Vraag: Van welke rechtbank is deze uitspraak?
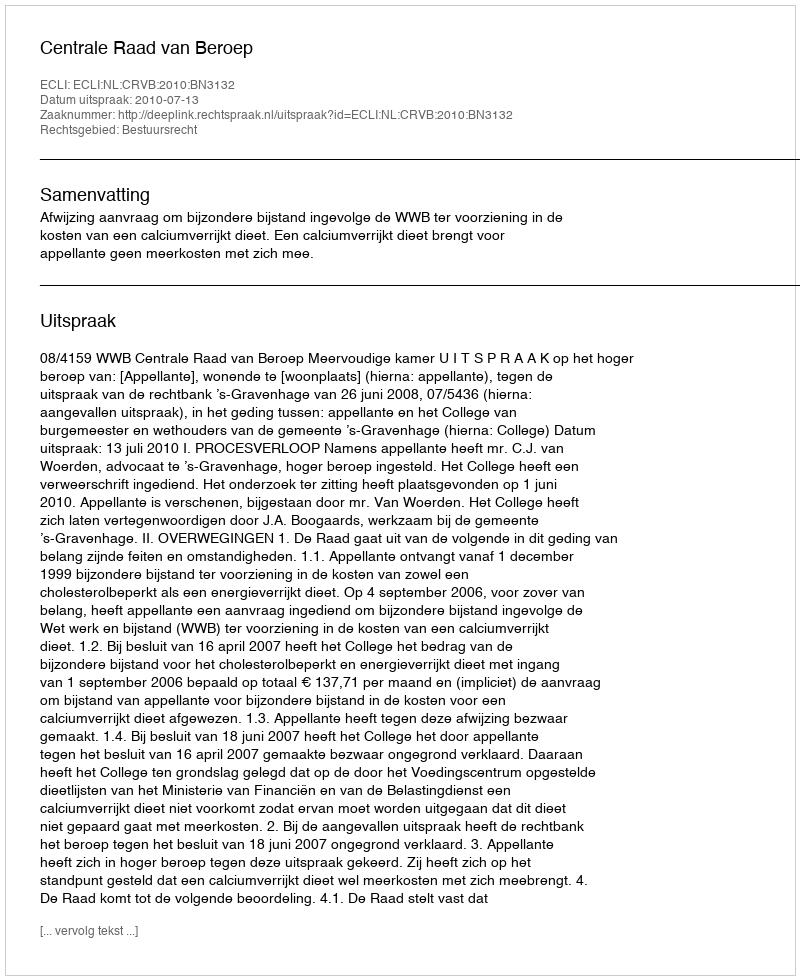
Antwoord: Centrale Raad van Beroep